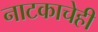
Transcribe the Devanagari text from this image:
नाटकाचेही